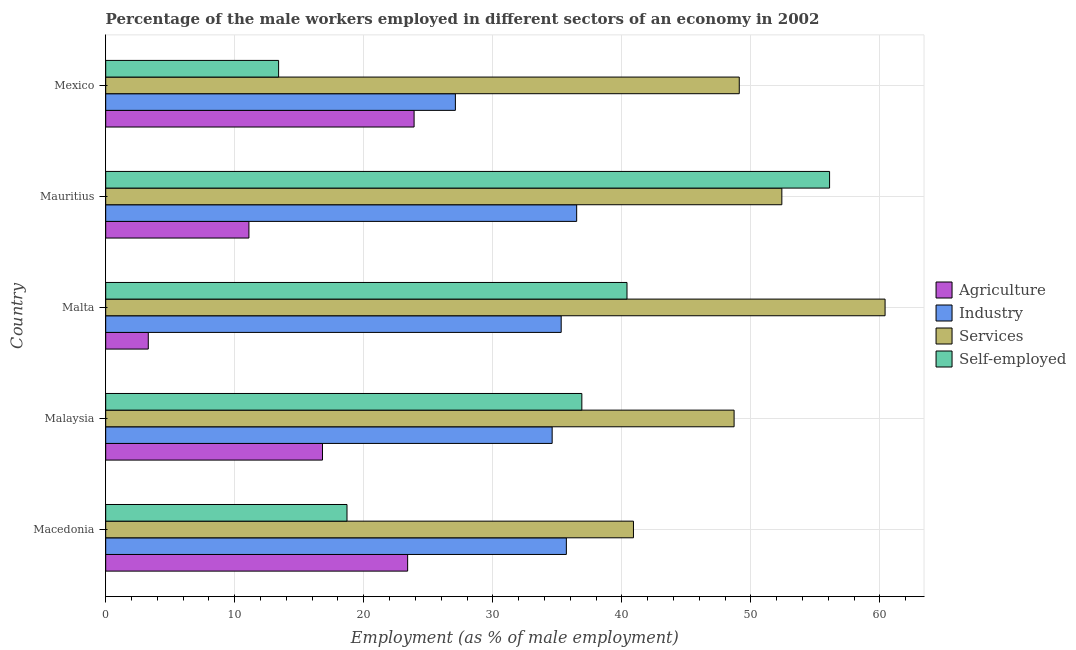
| Country | Agriculture | Industry | Services | Self-employed |
 | --- | --- | --- | --- | --- |
 | Macedonia | 23.4 | 35.7 | 40.9 | 18.7 |
 | Malaysia | 16.8 | 34.6 | 48.7 | 36.9 |
 | Malta | 3.3 | 35.3 | 60.4 | 40.4 |
 | Mauritius | 11.1 | 36.5 | 52.4 | 56.1 |
 | Mexico | 23.9 | 27.1 | 49.1 | 13.4 |